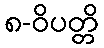
၈-ဝိပတ္တိ